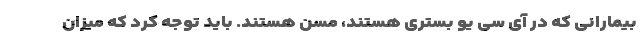
بیمارانی که در آی سی یو بستری هستند، مسن هستند. باید توجه کرد که میزان